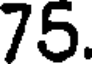
75.